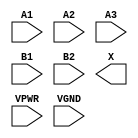
module sky130_fd_sc_hs__a32o (
    //# {{data|Data Signals}}
    input  A1  ,
    input  A2  ,
    input  A3  ,
    input  B1  ,
    input  B2  ,
    output X   ,

    //# {{power|Power}}
    input  VPWR,
    input  VGND
);
endmodule